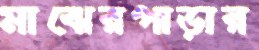
মাঝেরপাড়ার